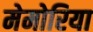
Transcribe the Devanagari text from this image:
मेमोरिया